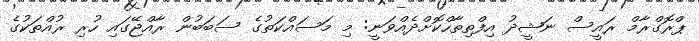
ޕްރޮގްރާމް ރައީސް ނަޝީދު އިފްތިތާހްކޮށްދެއްވަނީ: މި މަސައްކަތުގެ ސަބަބުން ރާއްޖޭގައި ހުރި ރުއްތަކުގެ